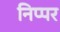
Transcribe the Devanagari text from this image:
निप्पर